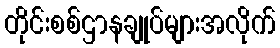
တိုင်းစစ်ဌာနချုပ်များအလိုက်